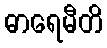
ဓာရေမီတိ